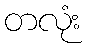
တလုံး